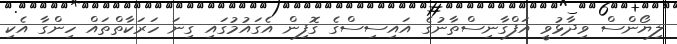
ލިޔޯންސް ވިދާޅުވީ އަފްގާނިސްތާނުގެ އައިސިސްގެ ގޮފިން އެގައުމުގައި ގިނަ ހަރަކާތްތައް ހިންގާ އެކި